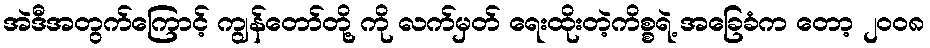
အဲဒီအတွက်ကြောင့် ကျွန်တော်တို့ ကို လက်မှတ် ရေးထိုးတဲ့ကိစ္စရဲ့ အခြေခံက တော့ ၂၀၀၈